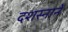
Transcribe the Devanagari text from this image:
दशस्नानें